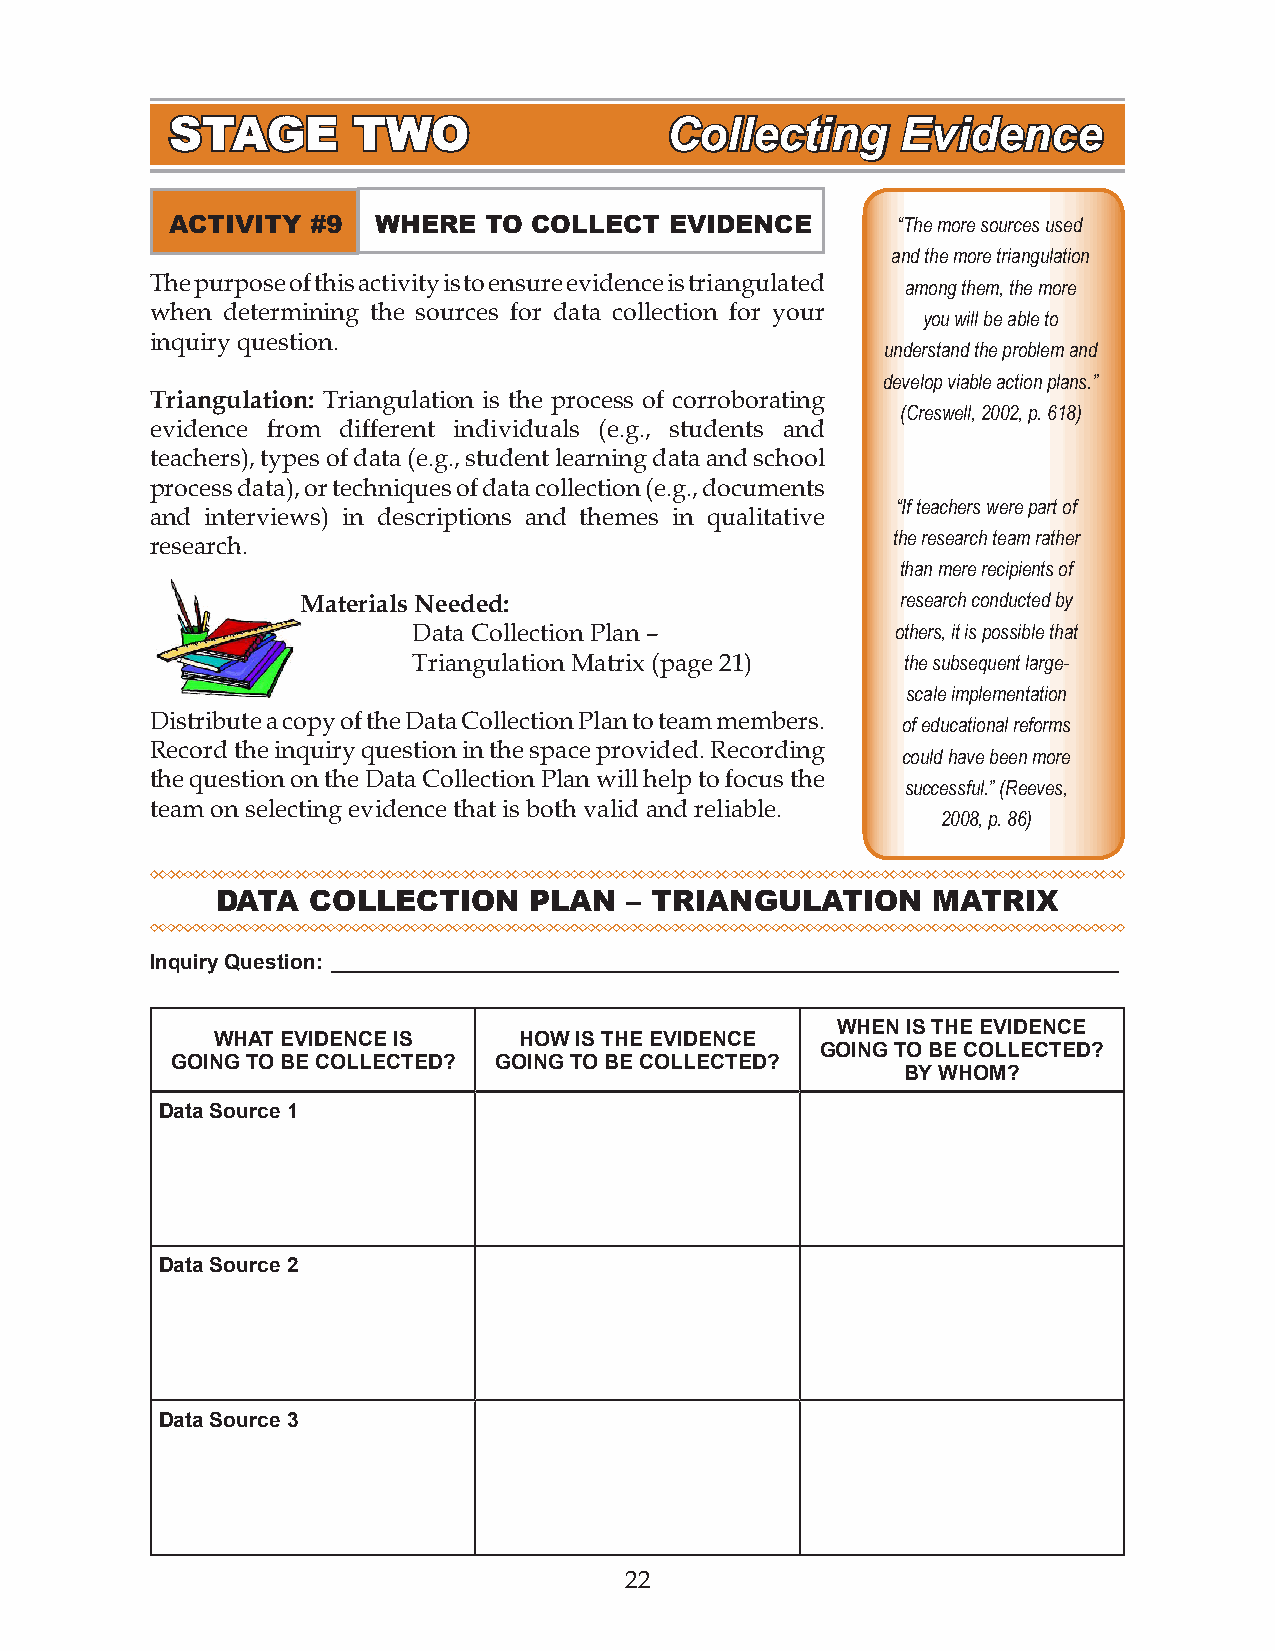
STAGE       TWO                  Collecting      Evidence
 ACTIVITY  #9  WHERE  TO COLLECT  EVIDENCE       “The more sources used
 and the more triangulation
 The purpose of this activity is to ensure evidence is triangulated among them, the more
 when determining the sources for data collection for your
 you will be able to
 inquiry question.
 understand the problem and
 develop viable action plans.”
 Triangulation: Triangulation is the process of corroborating
 (Creswell, 2002, p. 618)
 evidence from different individuals (e.g., students and
 teachers), types of data (e.g., student learning data and school
 process data), or techniques of data collection (e.g., documents
 “If teachers were part of
 and interviews) in descriptions and themes in qualitative
 the research team rather
 research.
 than mere recipients of
 Materials Needed:                       research conducted by
 Data Collection Plan –          others, it is possible that
 Triangulation Matrix (page 21)   the subsequent large-
 scale implementation
 Distribute a copy of the Data Collection Plan to team members. of educational reforms
 Record the inquiry question in the space provided. Recording
 could have been more
 the question on the Data Collection Plan will help to focus the
 successful.” (Reeves,
 team on selecting evidence that is both valid and reliable.
 2008, p. 86)
 DATA  COLLECTION     PLAN   – TRIANGULATION     MATRIX
 Inquiry Question: ____________________________________________________________________
 WHEN IS THE EVIDENCE
 WHAT EVIDENCE IS    HOW IS THE EVIDENCE
 GOING TO BE COLLECTED?
 GOING TO BE COLLECTED? GOING TO BE COLLECTED?
 BY WHOM?
 Data Source 1
 Data Source 2
 Data Source 3
 